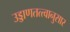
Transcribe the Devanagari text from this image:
उड्डाणतत्त्वानुसार